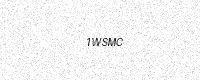
Text: 1WSMC